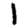
Digit: 1